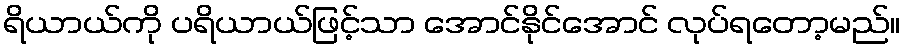
ရိယာယ်ကို ပရိယာယ်ဖြင့်သာ အောင်နိုင်အောင် လုပ်ရတော့မည်။